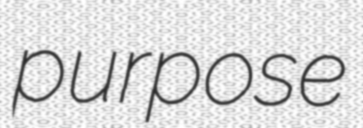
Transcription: purpose